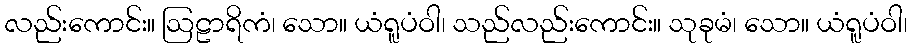
လည်းကောင်း။ ဩဠာရိကံ၊ သော။ ယံရူပံဝါ၊ သည်လည်းကောင်း။ သုခုမံ၊ သော။ ယံရူပံဝါ၊